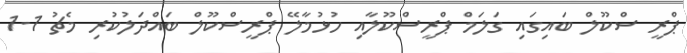
ޕްރީ ސްކޫލް ބައިގައި ގަލަމް ޕްރީސްކޫލާއި ހުޅުމާލޭ ޕްރީސްކޫލް ބައްދަލުކުރި މެޗު 1-1